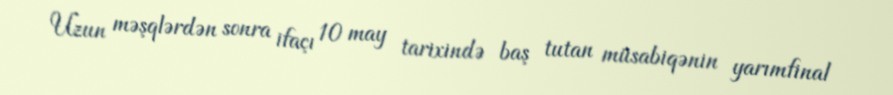
Uzun məşqlərdən sonra ifaçı 10 may tarixində baş tutan müsabiqənin yarımfinal